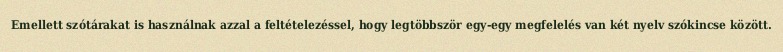
Emellett szótárakat is használnak azzal a feltételezéssel, hogy legtöbbször egy-egy megfelelés van két nyelv szókincse között.